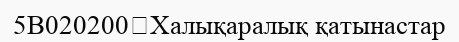
5B020200	Халықаралық қатынастар